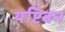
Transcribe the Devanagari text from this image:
यष्टिवन